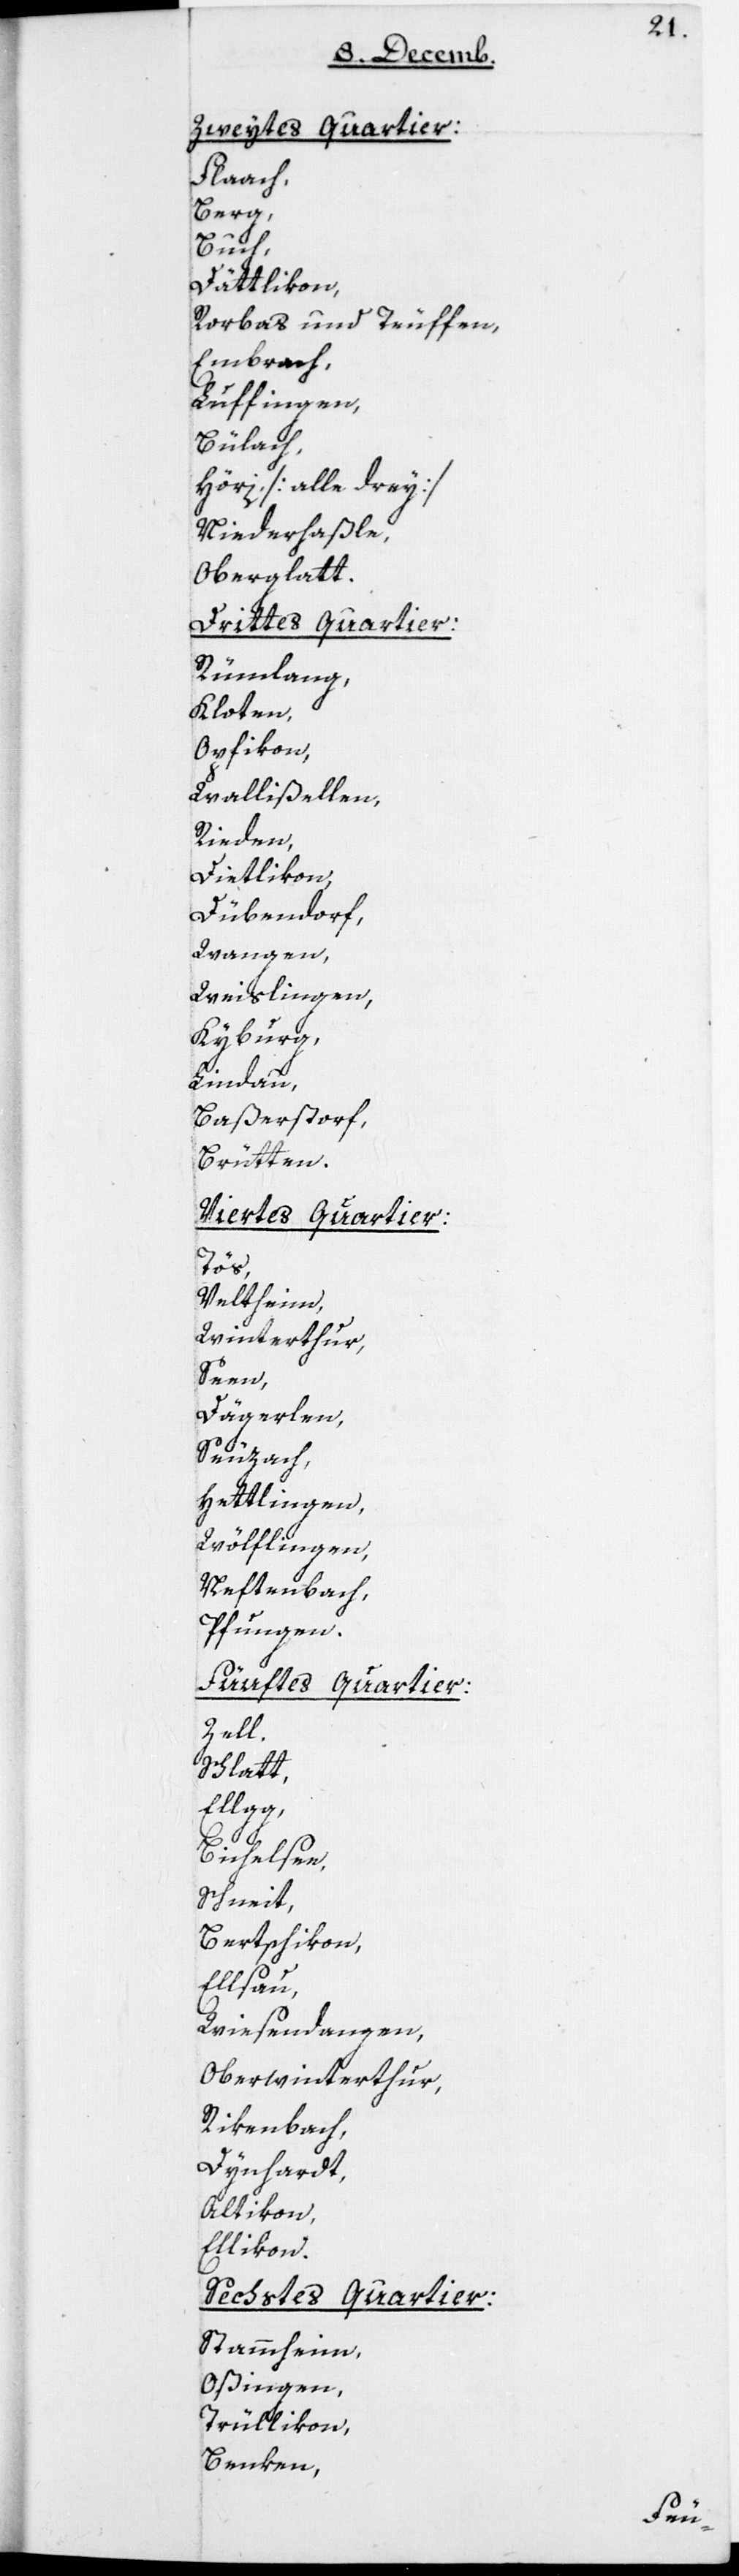
Zweytes
Quartier:
Flaach;
Berg;
Luf¬
Dättli¬
Rorbas
Teuffen;
Bülach;
Höri [alle drey];
Niederhaßle;
Oberg¬
Drittes
Rüml¬
Kloten;
Opfikon;
Walliß¬
Rieden;
Dietli¬
Düben¬
Wangen;
Weisl¬
Kyburg;
Lindau;
Baßer¬
Brütte¬
Viertes
len;
Veltheim;
Winter¬
Seen;
Däger¬
Seuzach;
Hettl¬
Wölfl¬
Pfungen.
Fünftes
Zell;
Schlatt;
Ellgg;
Bichelsee;
Schneit;
Bertschikon;
Elsau;
Wiesendangen;
Oberwinterthur;
Rikenbach;
Dynhard;
Altikon;
Ellikon.
Sechstes Quartier:
Stammheim;
Oßingen;
Trüllikon;
Benken;

n.